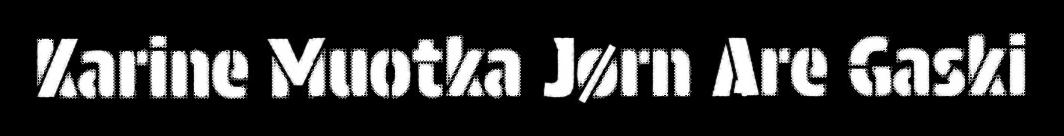
Karine Muotka Jørn Are Gaski